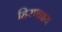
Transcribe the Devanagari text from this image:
हिरणाक्ष्य